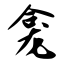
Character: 龛